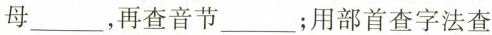
母___，再查音节___；用部首查字法查